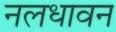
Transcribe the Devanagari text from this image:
नलधावन